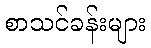
စာသင်ခန်းများ